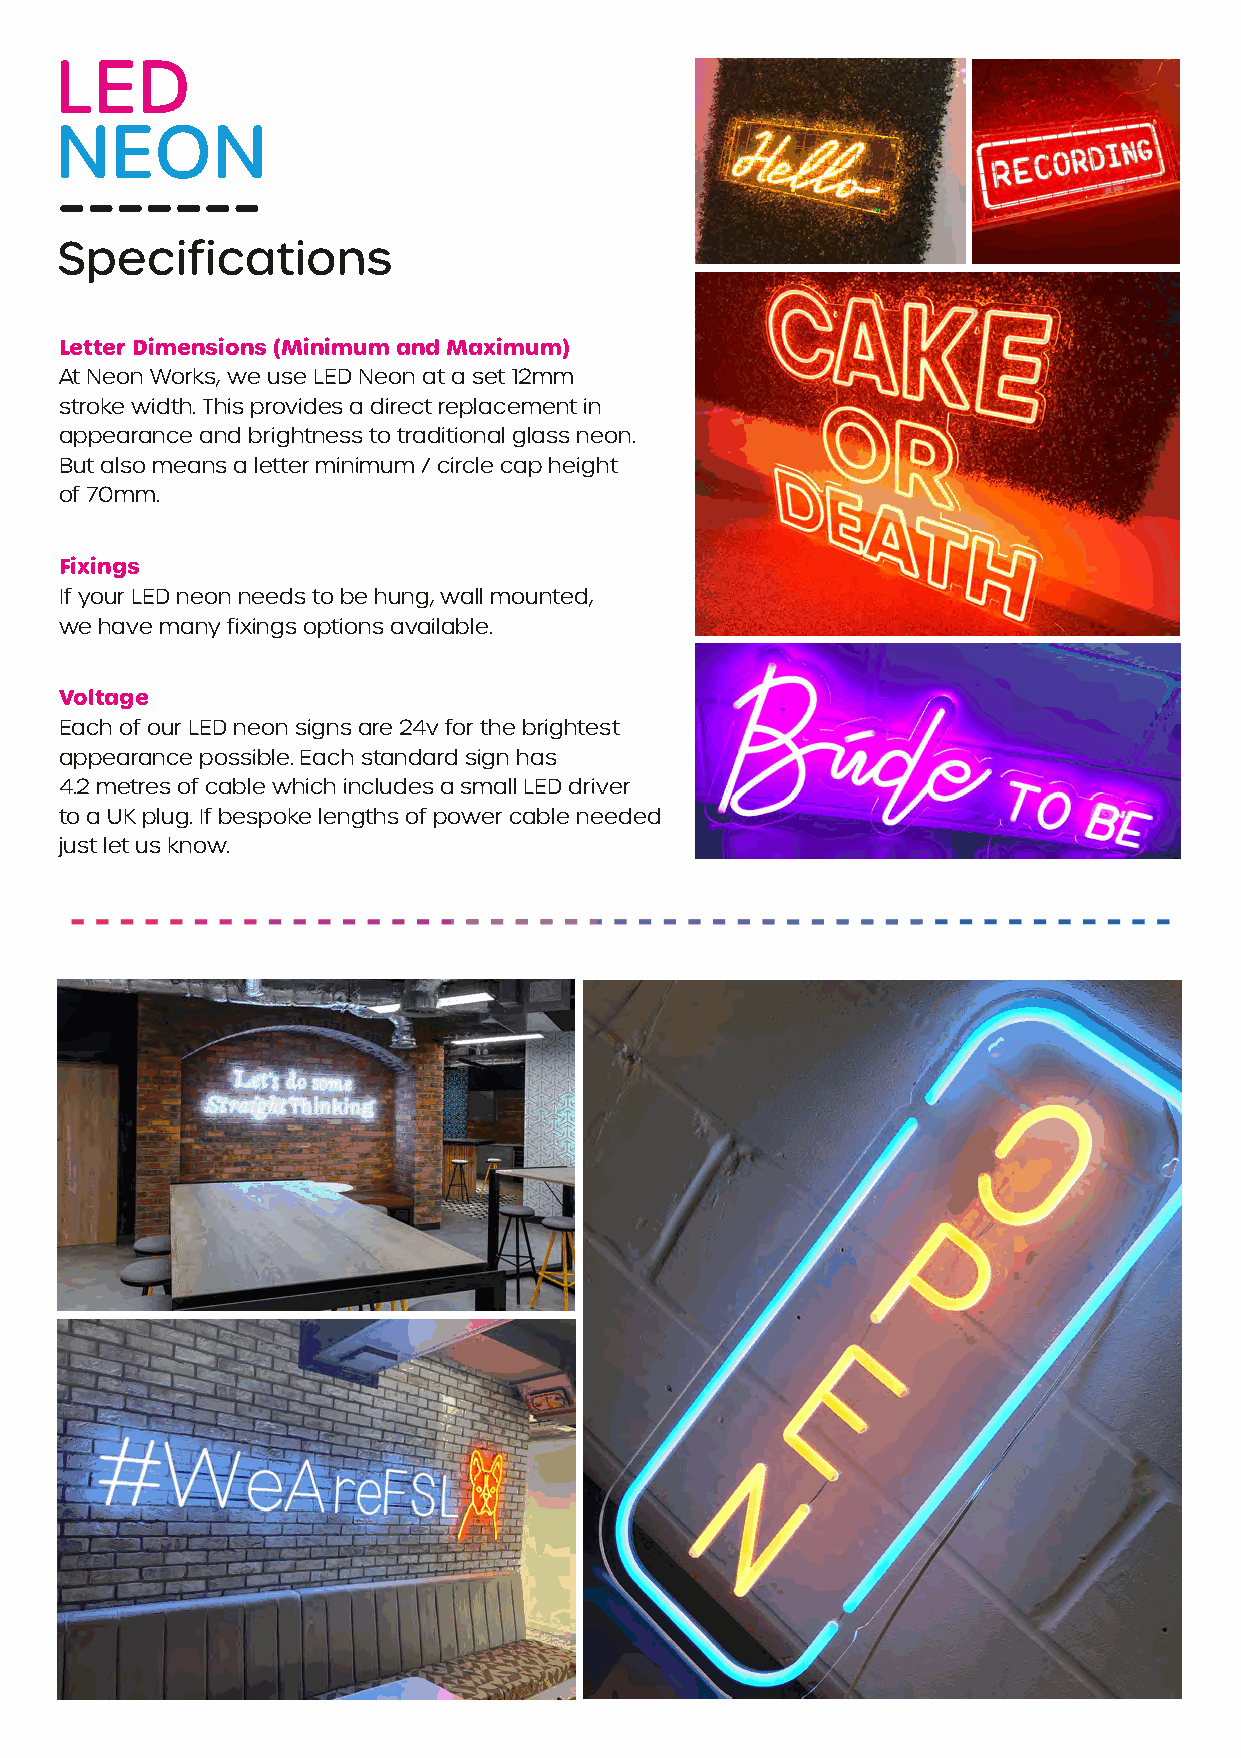
Letter Dimensions (Minimum and Maximum)
 At Neon Works, we use LED Neon at a set 12mm
 stroke width. This provides a direct replacement in
 appearance and brightness to traditional glass neon.
 But also means a letter minimum / circle cap height
 of 70mm.
 Fixings
 If your LED neon needs to be hung, wall mounted,
 we have many fixings options available.
 Voltage
 Each of our LED neon signs are 24v for the brightest
 appearance possible. Each standard sign has
 4.2 metres of cable which includes a small LED driver
 to a UK plug. If bespoke lengths of power cable needed
 just let us know.